Report of the Municipal Commissioner on the plague in Bombay for the year ending 31st May... - Volume 3
Disease focus: Plague
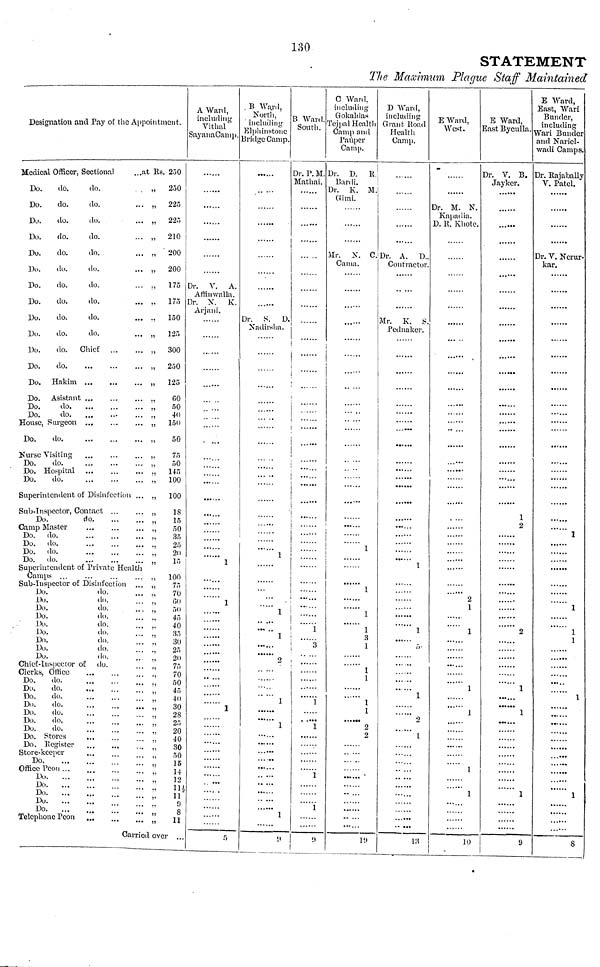
130
STATEMENT
The Maximum Plague Staff Maintained
Designation and Pay of the Appointment
Medical Officer, Sectional
...at Its.
Do.
do.
do.
„
Do.
do.
do.
... „
Do.
do.
do.
... „
Do.
do.
do.
... „
Do.
do.
do.
... .,
Do.
do.
do.
... ,,
Do.
do.
do.
... .,
Do.
do.
do.
... .,
Do.
do.
do.
... .,
Do.
do.
do.
... „
Do.
do. Chief
.,
Do.
do
,,
Do. Hakim
„
Do. Asistant ...
...
... .,
Do.
do
,
Do.
do
... ,
House, Surgeon
„
Do.
do.
.,
Nurse Visiting ...
...
... ,.
Do.
do.
„
Do. Hospital
'..
Do.
do
... .,
Superintendent of Disinfection ... .,
Sub-Inspector, Contact ...
... „
Do.
do
,
Camp Master
Do. do.
Do. do.
Do. do.
Do. do.
„
Superintendent of Private Health
Camps
Sub-Inspector of Disinfection
Do.
do.
Do.
do.
Do.
do.
Do.
do.
Do.
do.
'" "'
Do.
do.
Do.
do.
Do.
do.
Do.
do.
Chief-Inspector of do.
Clerks. Office
...
'" "'
Do. ' do.
Do.
do.
...
'" "'
Do.
do.
...
Do.
do.
...
Do.
do.
...
Do.
do.
...
Do.
do.
...
Do. Stores
Do. Register
Store-keeper
Do
Office Peon
Do.
...
Do.
Do.
Do.
Do.
Telephone Peon
Carried over
250
250
225
225
210
200
200
175
175
150
125
300
250
1?5
60
50
40
150
50
75
50
145
100
100
18
15
50
35
25
20
15
100
75
70
GO
50
45
40
35
30
25
20
75
70
50
45
40
30
2S
25
20
40
50
15
14
12
114
11
9
11
A Ward,
including
Vithal
SaynnaCamp.
Dr. V. A.
Affin walla.
Dr. N.
K.
Arjani.
......
1
X
.
...
5
B Ward.
North. '
including
Elphinstone
Bridge Camp.
Dr. S. D.
Nadirsha.
1
1
1
B Ward.
South.
Dr. P. M.
Mathai.
..
......
1
3
......
1
.
1
'""i
C Ward,
including
Gokaldas
Tejpal Health
Camp and
Pauper
Camp.
Dr. D. E
Bardi.
Dr. K. M.
Gimi.
......
Mr. X. C.
Cania.
1
1
1
1
3
1
1
1
1
1
2
2
19
D Ward,
including
Grant Road
Health
Camp.
Dr. A. D..
Contractor.
Mr. K. S.
Pednaker.
1
1
5
1
2
•. ...
1
13
E Ward,
West.
Dr. M. N.
Kapadia.
D. R. Khote.
2
1
1
—...
......
1
......
......
1
1
1
10
E Ward,
East Byculla.
Dr. V. B.
Jayker.
1
2
2
1
••••••
1
•••
1
9
E Ward,
East, Wari
Bunder,
including
Wari Bunder
and Nariel-
wadi Camps.
Dr. Rajabally
V. Patel.
Dr. V. Nerur-
kar.
1
1
1
1
1
8